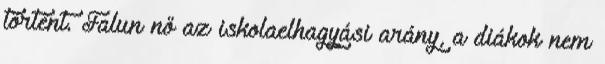
történt. Falun nő az iskolaelhagyási arány, a diákok nem